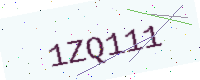
Text: 1ZQ111